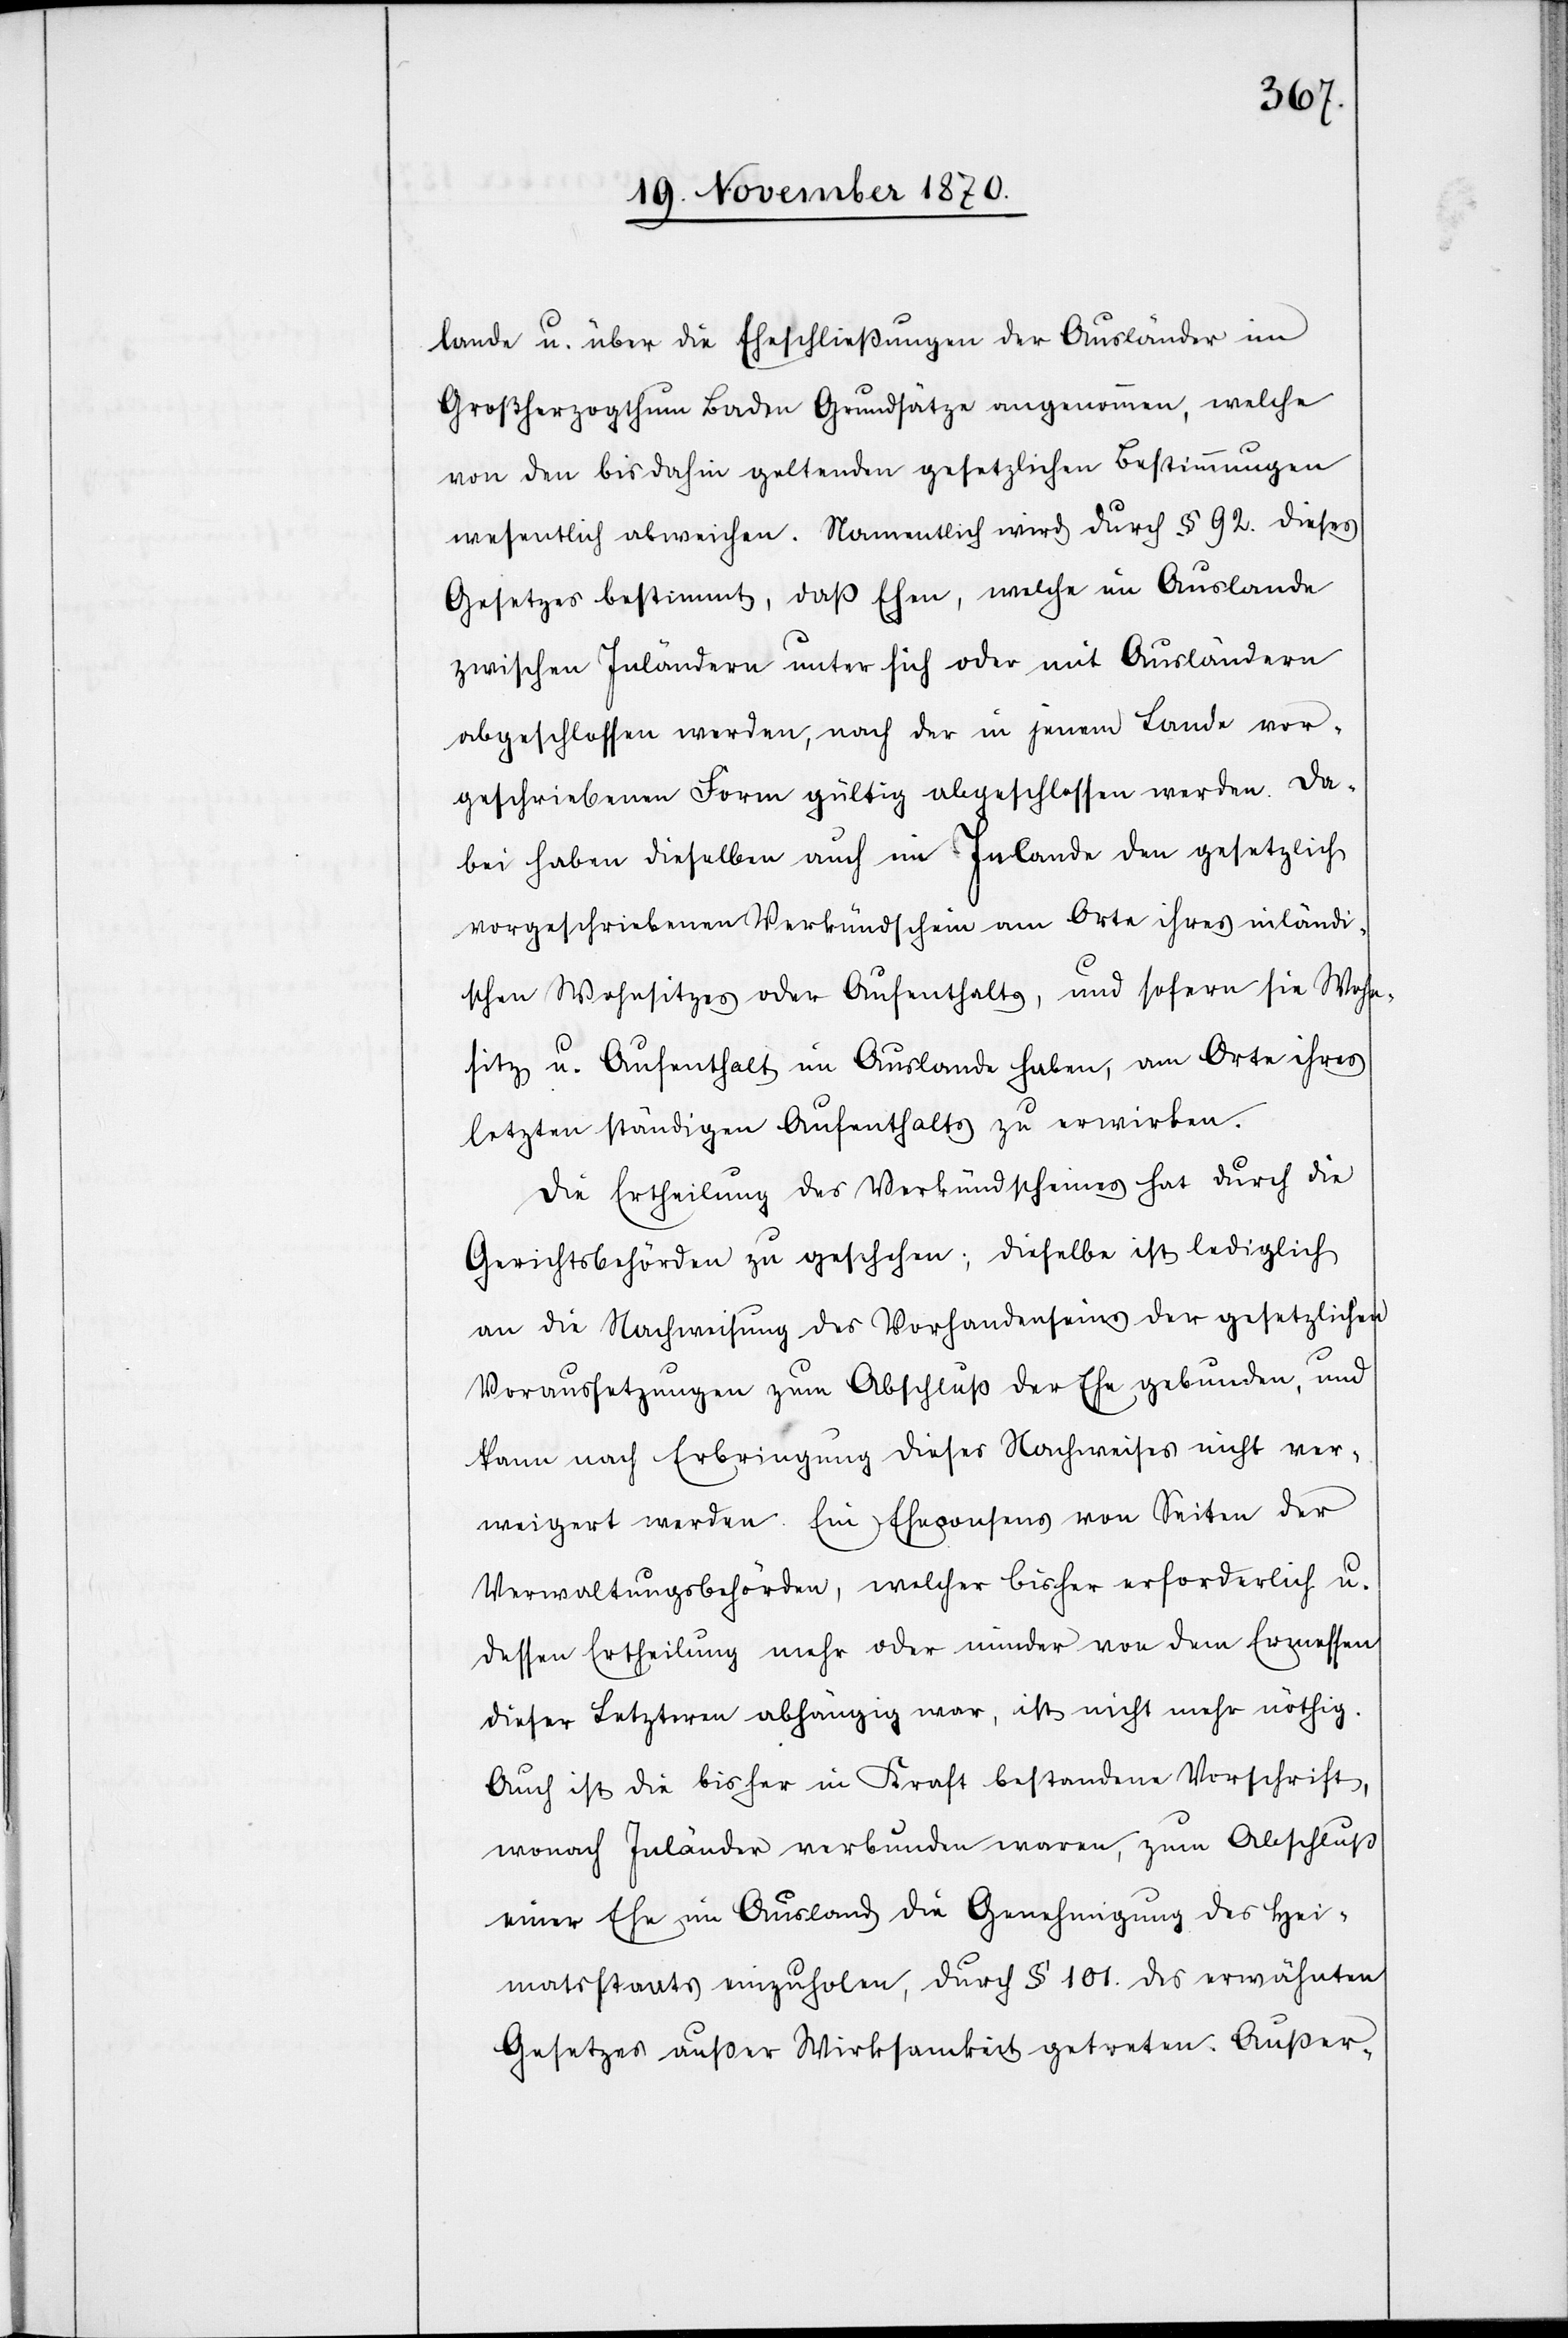
lande u. über die Eheschließungen der Ausländer im
Großherzogthum Baden Grundsätze angenommen, welche
von den bis dahin geltenden gesetzlichen Bestimmungen
wesentlich abweichen. Namentlich wird durch § 92. dieses
Gesetzes bestimmt, daß Ehen, welche im Auslande
zwischen Inländern unter sich oder mit Ausländern
abgeschlossen werden, nach der in jenem Lande vor¬
geschriebenen Form gültig abgeschlossen werden. Da¬
bei haben dieselben auch im Inlande den gesetzlich
vorgeschriebenenen Verkündschein am Orte ihres inländi¬
schen Wohnsitzes oder Aufenthalts, und sofern sie Wohn¬
sitz u. Aufenthalt im Auslande haben, am Orte ihres
letzten ständigen Aufenthalts zu erwirken.
Die Ertheilung des Verkündscheines hat durch die
Gerichtsbehörden zu geschehen; dieselbe ist lediglich
an die Nachweisung des Vorhandenseins der gesetzlichen
Voraussetzungen zum Abschluß der Ehe gebunden, und
kann nach Erbringung dieses Nachweises nicht ver¬
weigert werden. Ein Eheconsens von Seiten der
Verwaltungsbehörden, welcher bisher erforderlich u.
dessen Ertheilung mehr oder minder von dem Ermessen
dieser Letztern abhängig war, ist nicht mehr nöthig.
Auch ist die bisher in Kraft bestandene Vorschrift,
wonach Inländer verbunden waren, zum Abschluß
einer Ehe im Ausland die Genehmigung des Hei¬
matstaats einzuholen, durch § 101. des erwähnten
Gesetzes außer Wirksamkeit getreten. Außer-